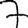
Digit: 7